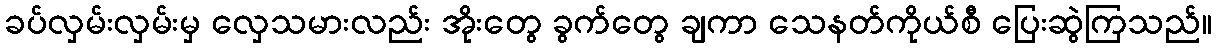
ခပ်လှမ်းလှမ်းမှ လှေသမားလည်း အိုးတွေ ခွက်တွေ ချကာ သေနတ်ကိုယ်စီ ပြေးဆွဲကြသည်။